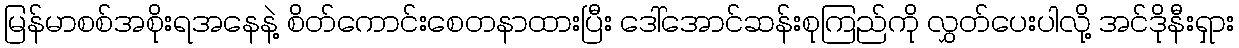
မြန်မာစစ်အစိုးရအနေနဲ့ စိတ်ကောင်းစေတနာထားပြီး ဒေါ်အောင်ဆန်းစုကြည်ကို လွှတ်ပေးပါလို့ အင်ဒိုနီးရှား